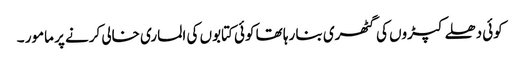
کوئی دھلے کپڑوں کی گٹھری بنا رہا تھا کوئی کتابوں کی الماری خالی کرنے پر مامور ۔